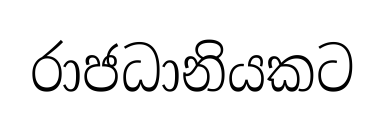
රාජධානියකට